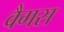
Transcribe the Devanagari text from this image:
वैगस